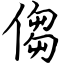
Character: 㑳